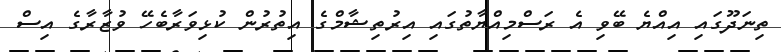
ތިނަދޫގައި އިއްޔެ ބޭވި އެ ރަސްމިއްޔާތުގައި އިރުތިޝާމްގެ އިތުރުން ކުޅިވަރާބެހޭ ވުޒާރާގެ އިސް